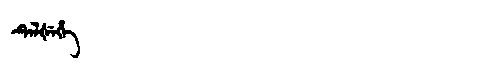
Manchu: ᡨᡝᠯᡧᡝᡥᡝ
Romanization: TELŠEHE